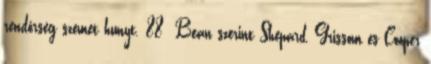
rendőrség szemet hunyt. 88 Bean szerint Shepard, Grissom és Cooper